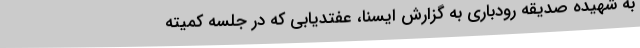
به شهیده صدیقه رودباری به گزارش ایسنا، عفتدیابی که در جلسه کمیته